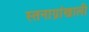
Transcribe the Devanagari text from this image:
स्तनाग्रांखाली